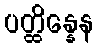
ပတ္ထိန္နေန